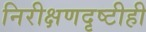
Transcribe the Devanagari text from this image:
निरीक्षणदृष्टीही